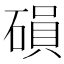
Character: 磒